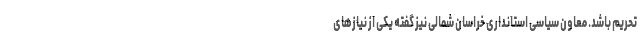
تحریم باشد. معاون سیاسی استانداری خراسان شمالی نیز گفته یکی از نیازهای